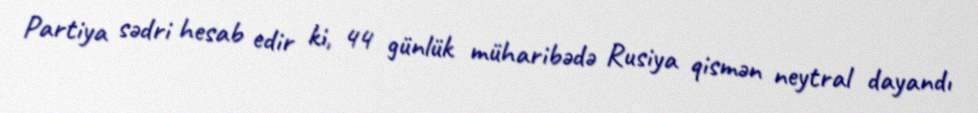
Partiya sədri hesab edir ki, 44 günlük müharibədə Rusiya qismən neytral dayandı